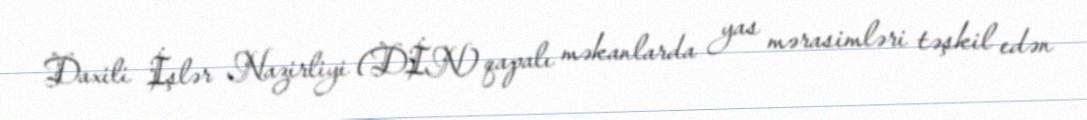
Daxili İşlər Nazirliyi (DİN) qapalı məkanlarda yas mərasimləri təşkil edən